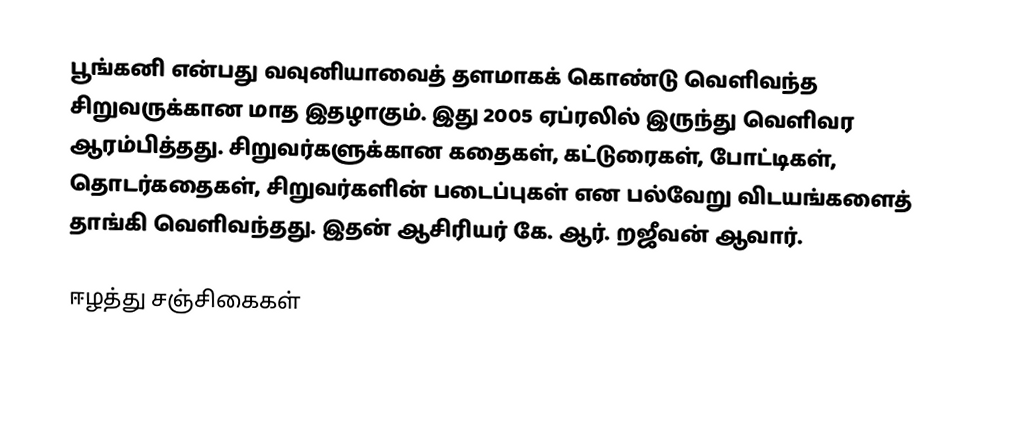
பூங்கனி என்பது வவுனியாவைத் தளமாகக் கொண்டு வெளிவந்த சிறுவருக்கான மாத இதழாகும். இது 2005 ஏப்ரலில் இருந்து வெளிவர ஆரம்பித்தது. சிறுவர்களுக்கான கதைகள், கட்டுரைகள், போட்டிகள், தொடர்கதைகள், சிறுவர்களின் படைப்புகள் என பல்வேறு விடயங்களைத் தாங்கி வெளிவந்தது. இதன் ஆசிரியர் கே. ஆர். றஜீவன் ஆவார்.

ஈழத்து சஞ்சிகைகள்